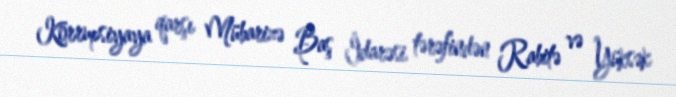
Korrupsiyaya qarşı Mübarizə Baş İdarəsi tərəfindən Rabitə və Yüksək